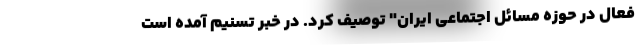
فعال در حوزه مسائل اجتماعی ایران" توصیف کرد. در خبر تسنیم آمده است